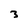
Character: 3